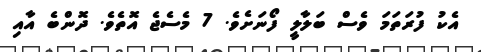
އެކު ފުރަތަމަ ވެސް ބަލާލީ ފޯނަށެވެ. 7 މެސެޖެ އޮތެވެ. ދޮންބެ އާއި